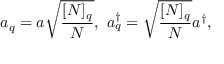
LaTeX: a _ { q } = a \sqrt { \frac { [ N ] _ { q } } { N } } , ~ a _ { q } ^ { \dagger } = \sqrt { \frac { [ N ] _ { q } } { N } } a ^ { \dagger } ,